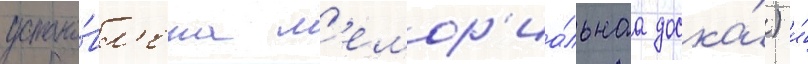
устано́вл'ена м'емор'иа́льнаа доска́) и́